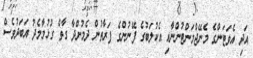
އަދި އެވަޓަންގެ މެނޭޖްމަންޓުންނާއި އެކުލަބުގެ ފޭނުންގެ ފަރާތުން ދެމުންދާ ގާތް ގުޅުމާމެދު އަބަދުވެސް